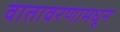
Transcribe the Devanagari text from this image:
वातावरणामधून